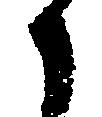
々